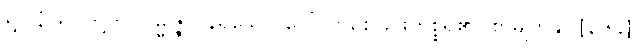
ရူပါနံ၊ ရုပ်တို့ကို။ ဥမ္မုဇ္ဇာပနရသော၊ ပေါ်လာစေခြင်းကိစ္စရှိ၏။ စာမျက်နှာ [၃၆၄]